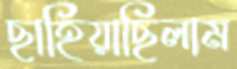
ছাহিয়াছিলাম